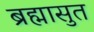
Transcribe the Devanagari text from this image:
ब्रह्मासुत